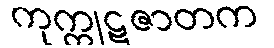
ကုက္ကုဋဇာတက